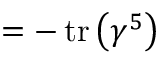
= - \operatorname { t r } \left( \gamma ^ { 5 } \right)